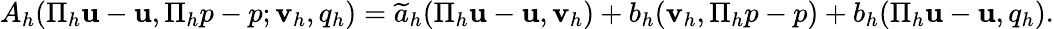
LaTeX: \begin{array}{r}{A_{h}(\Pi_{h}\mathbf{u}-\mathbf{u},\Pi_{h}p-p;\mathbf{v}_{h},q_{h})=\widetilde{a}_{h}(\Pi_{h}\mathbf{u}-\mathbf{u},\mathbf{v}_{h})+b_{h}(\mathbf{v}_{h},\Pi_{h}p-p)+b_{h}(\Pi_{h}\mathbf{u}-\mathbf{u},q_{h}).}\end{array}